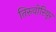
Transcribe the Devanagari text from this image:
तिरुवोरियूर